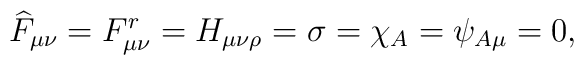
\widehat{F}_{\mu\nu}=F^r_{\mu\nu}=H_{\mu\nu\rho}=\sigma=\chi_A=\psi_{A\mu}=0 ,